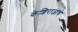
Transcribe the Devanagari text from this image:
केशिराजाचे